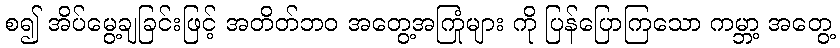
စ၍ အိပ်မွေ့ချခြင်းဖြင့် အတိတ်ဘဝ အတွေ့အကြုံများ ကို ပြန်ပြောကြသော ကမ္ဘာ့ အတွေ့